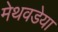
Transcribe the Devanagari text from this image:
मेथवडेया